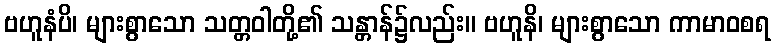
ဗဟူနံပိ၊ များစွာသော သတ္တဝါတို့၏ သန္တာန်၌လည်း။ ဗဟူနိ၊ များစွာသော ကာမာဝစရ